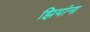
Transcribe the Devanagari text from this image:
झियांना